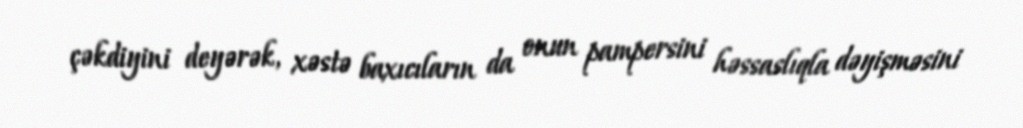
çəkdiyini deyərək, xəstə baxıcıların da onun pampersini həssaslıqla dəyişməsini